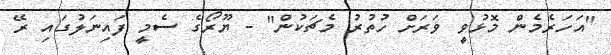
"އަހަރެމެން މޮޅުވީ ވަރަށް ހުތުރު މެޗަކުން" - ޔޫރޯގެ ސެމީ ފައިނަލުގައި ރޭ